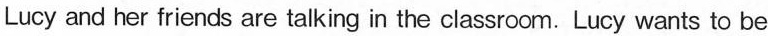
Lucy and her friends are talking in the classroom.Lucy wants to be